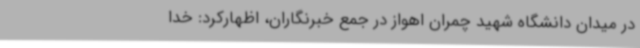
در میدان دانشگاه شهید چمران اهواز در جمع خبرنگاران، اظهارکرد: خدا